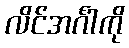
လိင်အင်္ဂါကို